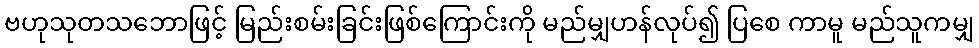
ဗဟုသုတသဘောဖြင့် မြည်းစမ်းခြင်းဖြစ်ကြောင်းကို မည်မျှဟန်လုပ်၍ ပြစေ ကာမူ မည်သူကမျှ